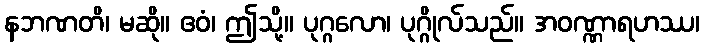
နဘဏတိ၊ မဆို။ ဧဝံ၊ ဤသို့။ ပုဂ္ဂလော၊ ပုဂ္ဂိုလ်သည်။ အဝဏ္ဏာရဟဿ၊